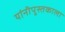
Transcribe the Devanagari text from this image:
यांनीपुस्तकाला